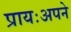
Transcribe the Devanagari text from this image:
प्रायःअपने